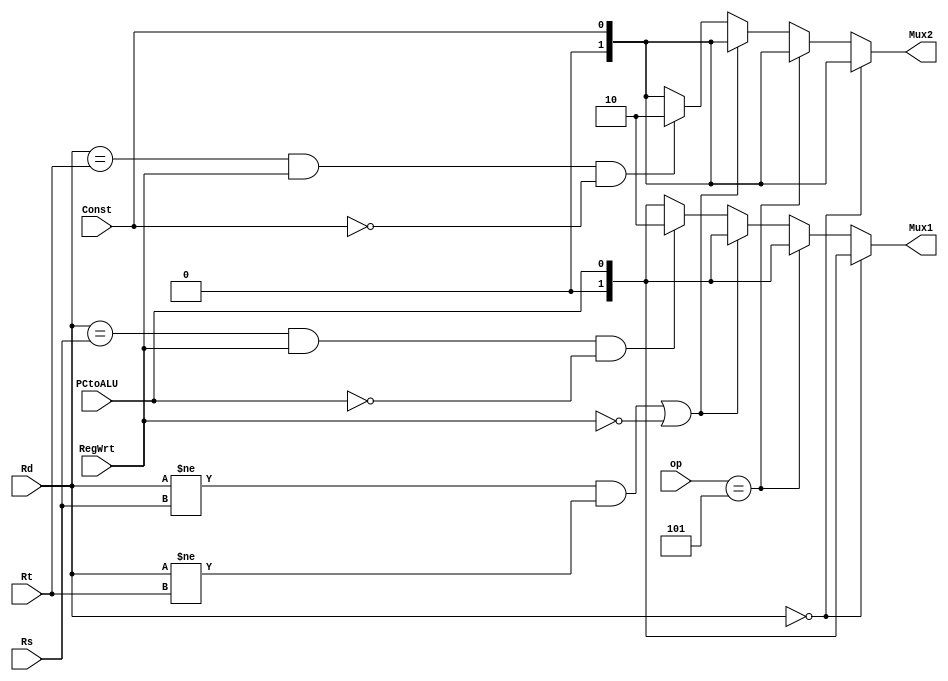
`timescale 1ns / 1ps
//////////////////////////////////////////////////////////////////////////////////
// Company: 
// Engineer: 
// 
// Design Name: 
// Module Name: Forwarding_final
// Project Name: 
// Target Devices: 
// Tool Versions: 
// Description: Forwarding for final project
// 
// Dependencies: 
// 
// Revision:
// Revision 0.01 - File Created
// Additional Comments:
// 
//////////////////////////////////////////////////////////////////////////////////


module Forwarding_final(op, Rd,Rs,Rt,PCtoALU, Const, RegWrt, Mux1,Mux2);
input [3:0]op;
input [5:0] Rd; //6 bit Rd in the ID/EX
input [5:0] Rs; //6 bit Rs in the EX/MEM
input [5:0] Rt; //6 bit Rt in the MEM/WB
input PCtoALU; //PCtoALU input
input Const; //Const input
input RegWrt; //regwrt input
output reg[1:0] Mux1; //mux1 output
output reg[1:0] Mux2; //mux2 output

initial
begin
    Mux1 = 0;
    Mux2 = 0;
end

always@(op, Rd, Rs, Rt, RegWrt, Const, PCtoALU)
begin
    // rd is 0, then ignore dependency/hazard since it is the 0 register
    if (Rd == 0)
    begin
        Mux1 = PCtoALU;
        Mux2 = Const;
    end
    // no dependency for incrementing a counter to access data members
    else if (op == 4'b0101)
    begin
        Mux1 = PCtoALU;
        Mux2 = Const;
    end
    else
    begin
        //no data dependencies or not writing anything to rd
        if((Rd!=Rs && Rd!=Rt) || RegWrt == 0)
        begin 
            Mux1 = PCtoALU;
            Mux2 = Const;
        end
        else
        begin
    
            // data dependency for first mux input into ALU
            // RAW Hazard detected for the first mux into ALU
            if(Rd==Rs && RegWrt==1 && PCtoALU == 0) 
            begin
                Mux1 = 2;
            end
            else
                Mux1 = PCtoALU;
        
            // data dependency for second mux input into ALU
            // RAW Hazard detected for the second mux into ALU
            if(Rd==Rt && RegWrt==1 && Const == 0)
            begin
                Mux2 = 2;
            end
            else
                Mux2 = Const;
        end        
    end
end

endmodule